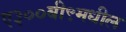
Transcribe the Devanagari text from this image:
ए३००बी९मधील